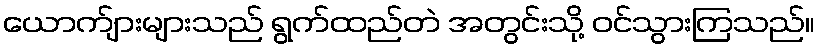
ယောက်ျားများသည် ရွက်ထည်တဲ အတွင်းသို့ ဝင်သွားကြသည်။